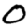
Digit: 0